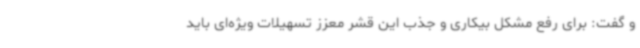
و گفت: برای رفع مشکل بیکاری و جذب این قشر معزز تسهیلات ویژه‌ای باید